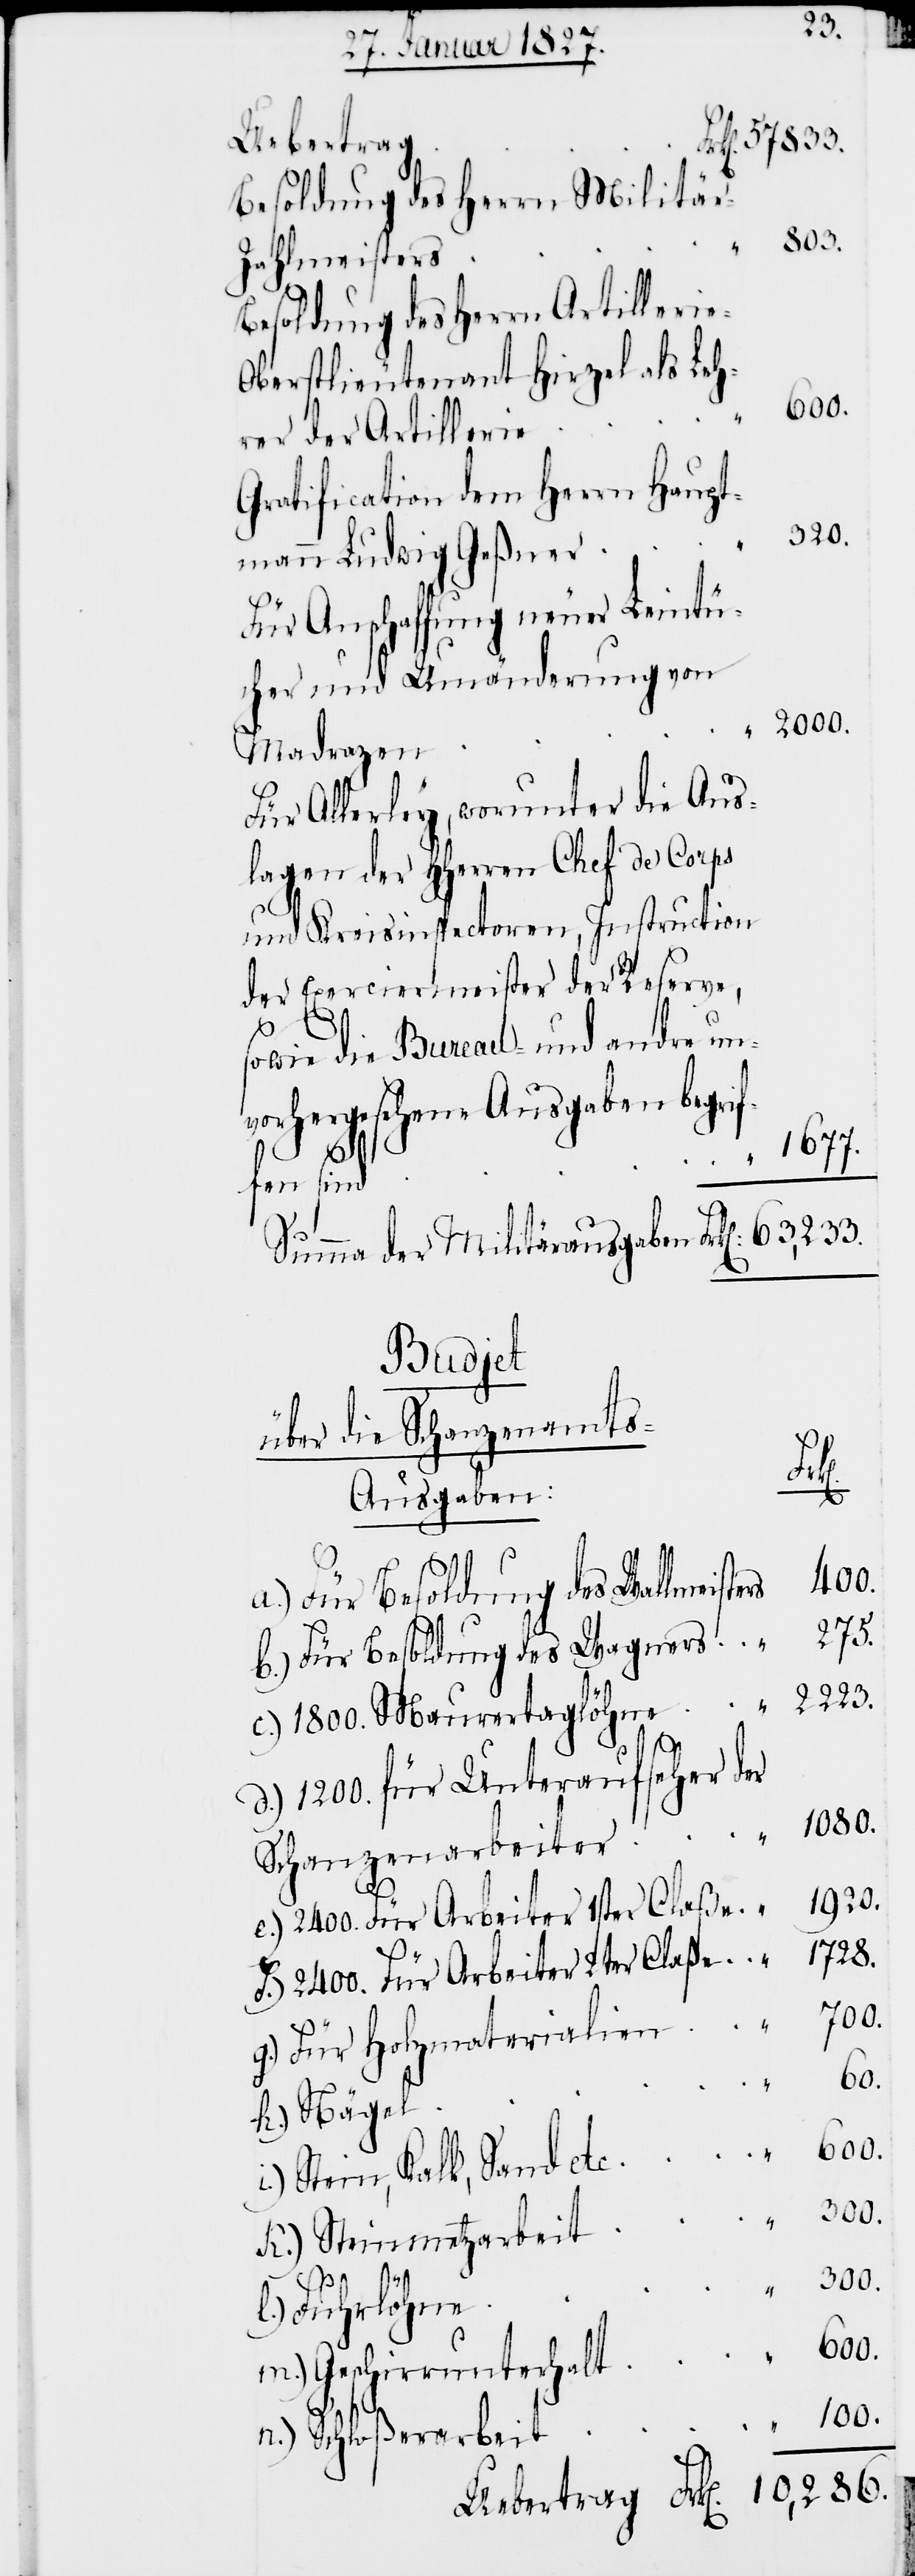
275.
Uebertrag.
Besoldung des Herrn Militä¬
300.
ahlmeisters
Besoldung des Herrn Artilleri¬
berstlieutenant Hirzel als Leh¬
100.
rer der Artillerie
Gratification dem Herrn Haupt¬
320.
mann Ludwig Geßner
Für Anschaffung neuer Leintü¬
cher und Umänderungen von
2000.
Madrazen
Für Allerley, worunter die Aus¬
lagen der HHerren Chef de Corps
und Kreisinspectoren, Instruction
der Exerciermeister der Reserve,
sowie die Bureau- und andere un¬
vorhergesehene Ausgaben begrif¬
1677.
fen sind
Summa der Militärausgaben Frk[en].
Budjet
über die Schanzenamt¬
s-Ausgaben
a.) Für Besoldung des Wallmeisters
b.) Für Besoldung des Wagners
d.) 1200. für Unteraufseher der
e.) 2400. Für Arbeiter 1ster Claße
f.) 2400. Für Arbeiter 2ter Claße
g.) Für Holzmaterialien
60.
h.) Nägel
i.) Stein, Kalk, Sand etc.
k.) Steinmetzarbeit
1728.
l.) Fuhrlöhne
m.) Geschirrunterhalt
n.) Schloßerarbeit